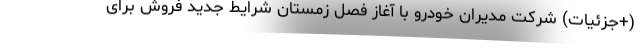
(+جزئیات) شرکت مدیران خودرو با آغاز فصل زمستان شرایط جدید فروش برای